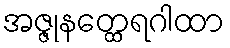
အဇ္ဇုနတ္ထေရဂါထာ